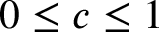
0 \le c \le 1